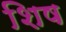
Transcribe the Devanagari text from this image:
शिष